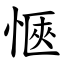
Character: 愜